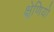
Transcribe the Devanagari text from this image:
क्ष्रेणियों